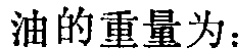
油的重量为：